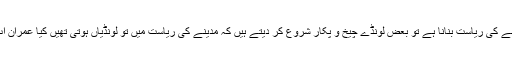
وزیر اعظم کہہ دے کہ میں نے مدینے کی ریاست بنانا ہے تو بعض لونڈے چیخ و پکار شروع کر دیتے ہیں کہ مدینے کی ریاست میں تو لونڈیاں ہوتی تھیں کیا عمران اب ایک ایسی ریاست بنانا چاہتے ہیں؟